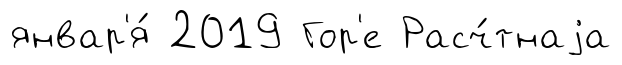
январ'я́ 2019 Гор'е Расч́тнаjа